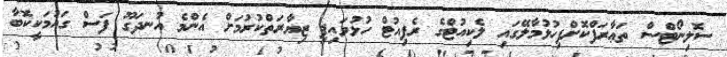
ސޮލިނޯޓްސް ތަޢާރަފްކޮށްފިހުޅުމާލޭގައި ލެކިއުޓްގެ ރެޕިއުޓް ހުޅުވައިފި ޒިޔާރަތްކުރުމަށް އެންމެ އުނދަގޫ ފަސް ގައުމަކީކޮބާ